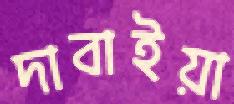
দাবাইয়া